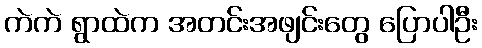
ကဲကဲ ရွာထဲက အတင်းအဖျင်းတွေ ပြောပါဦး